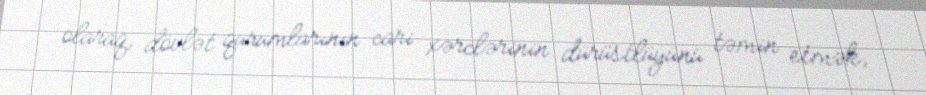
olaraq, dövlət qurumlarının cari xərclərinin dürüstlüyünü təmin etmək,